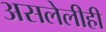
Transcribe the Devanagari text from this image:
असलेलीही